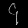
Digit: ၄